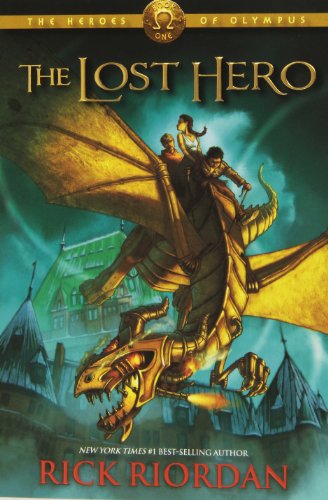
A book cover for The Lost Hero (Heroes of Olympus, Book 1); Rick Riordan; Children's Books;